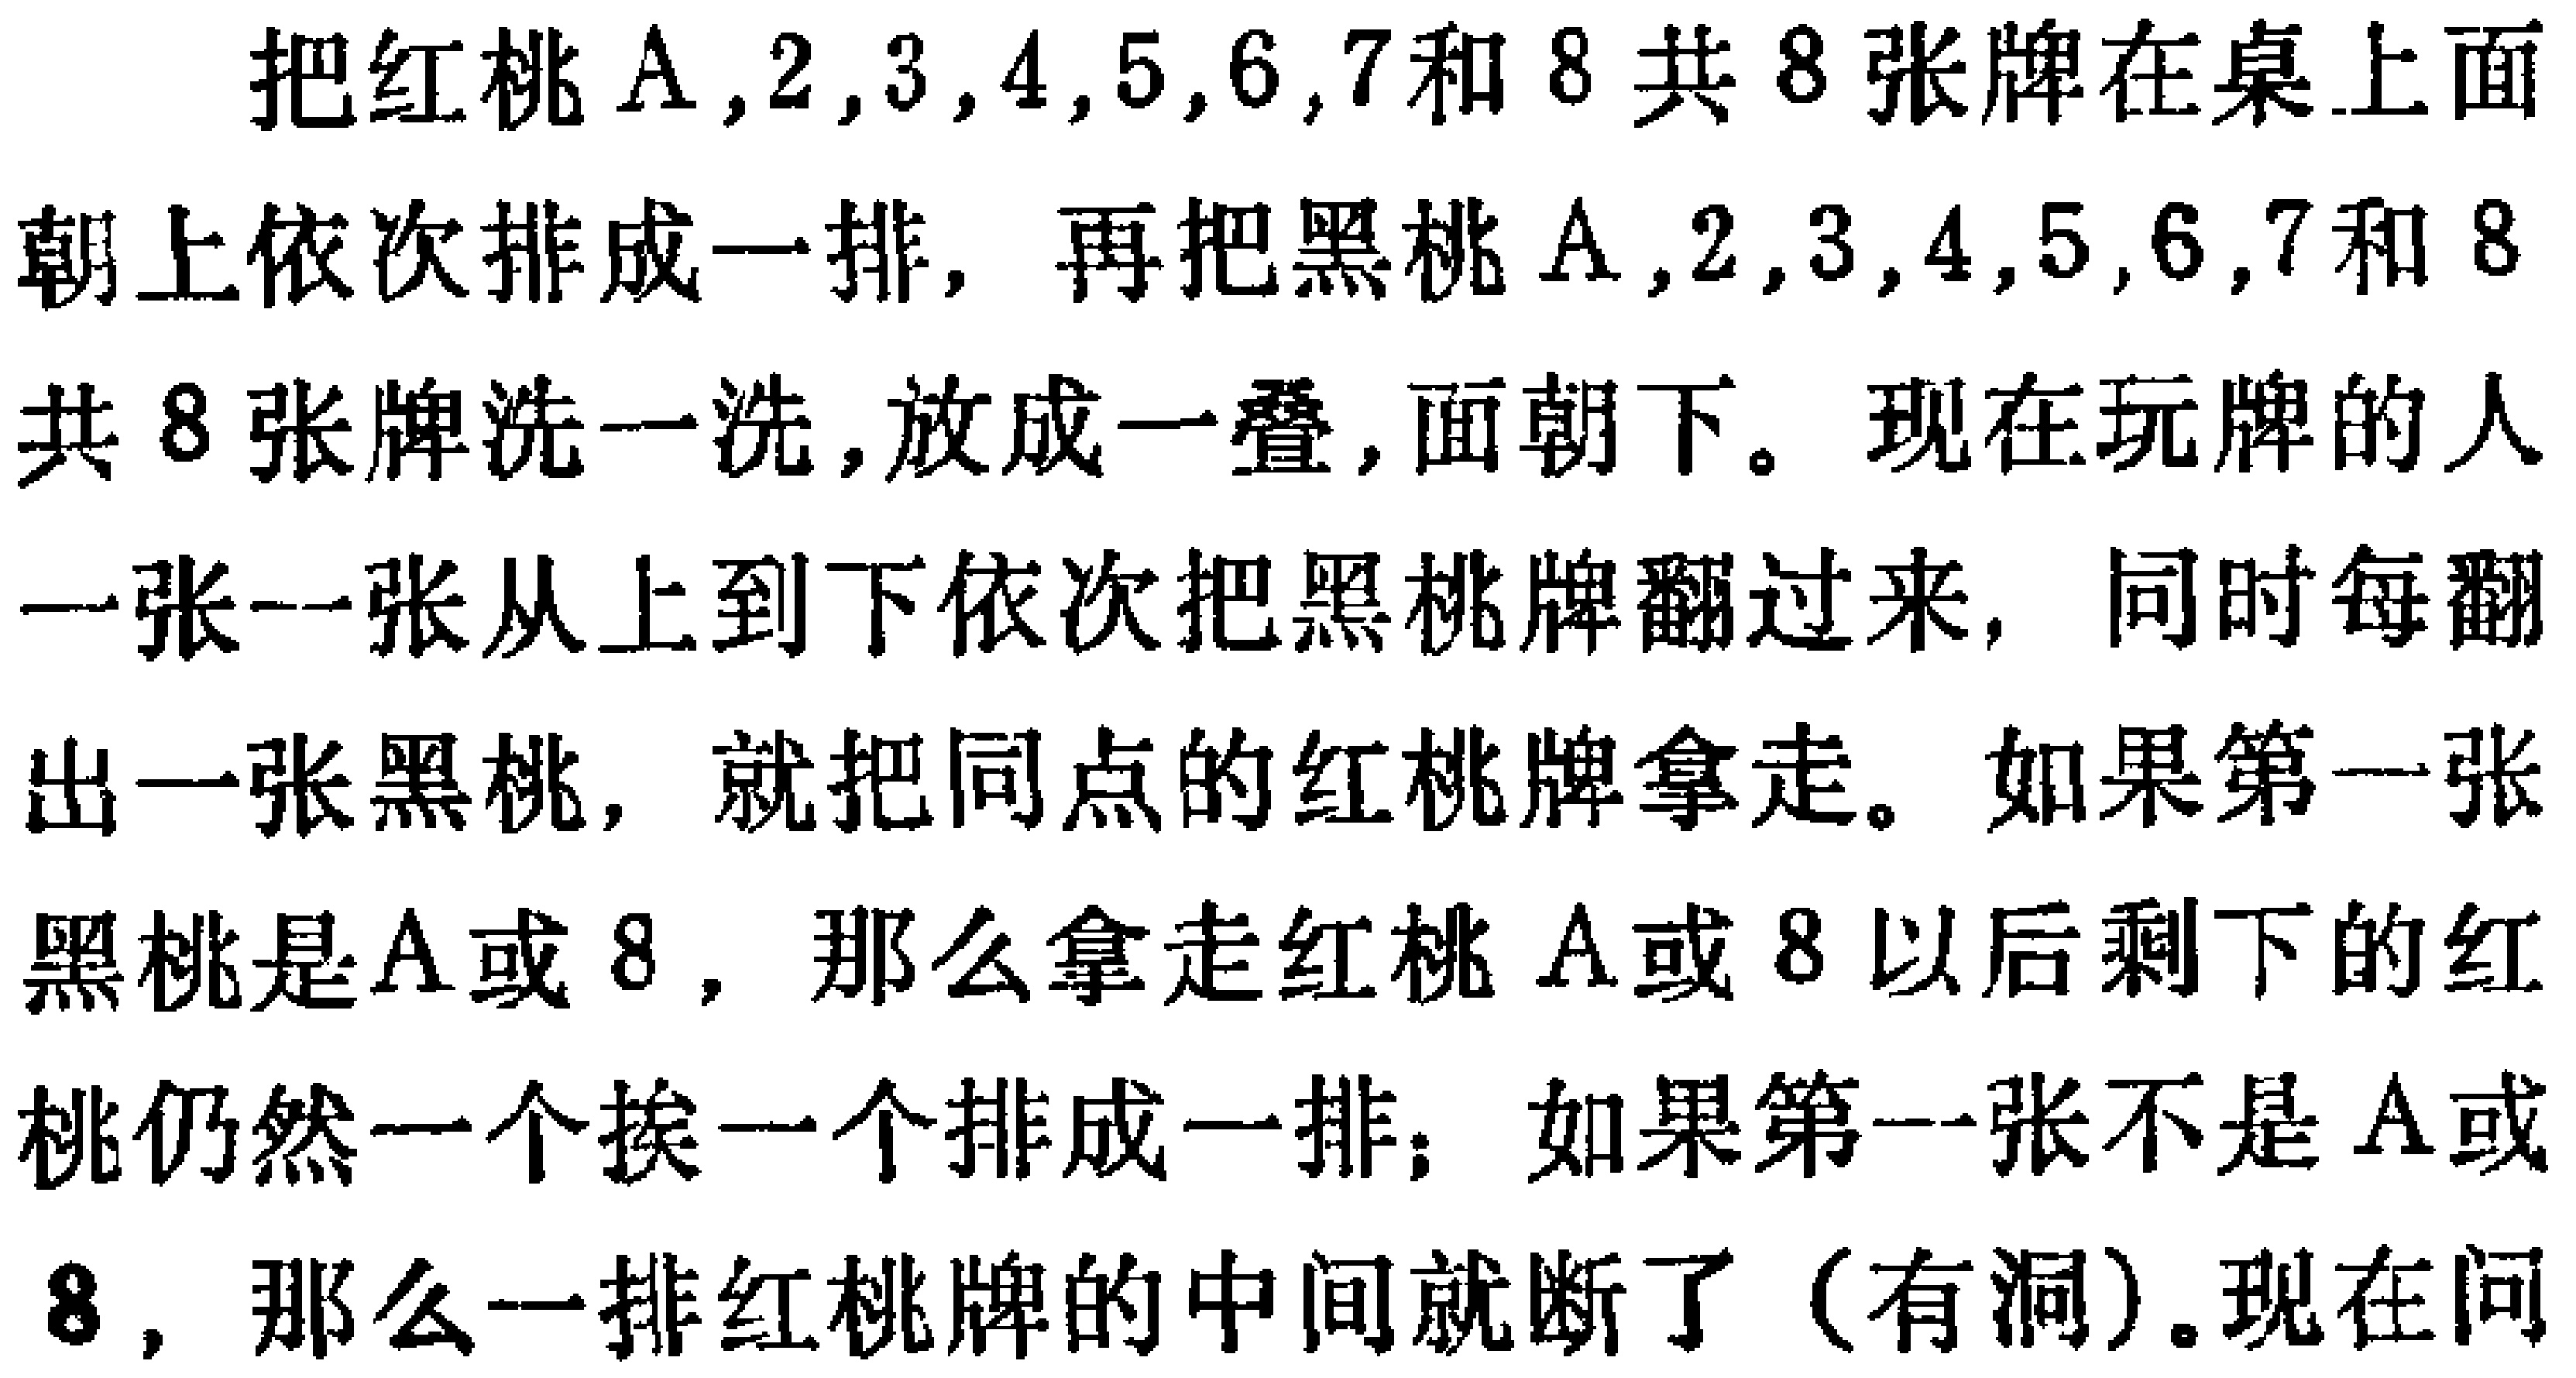
把红桃$\mathrm{A},2,3,4,5,6,7$和$8$共$8$张牌在桌上面朝上依次排成一排，再把黑桃$\mathrm{A},2,3,4,5,6,7$和$8$共$8$张牌洗一洗，放成一叠，面朝下。现在玩牌的人一张一张从上到下依次把黑桃牌翻过来，同时每翻出一张黑桃，就把同点的红桃牌拿走。如果第一张黑桃是$\mathrm{A}$或$8$，那么拿走红桃$\mathrm{A}$或$8$以后剩下的红桃仍然一个挨一个排成一排；如果第一张不是$\mathrm{A}$或$8$，那么一排红桃牌的中间就断了（有洞）。现在问